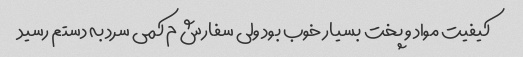
کیفیت مواد و پخت بسیار خوب بود ولی سفارش م کمی سرد به دستم رسید